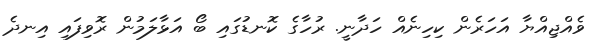
ވެއްޖިއްޔާ އަހަރެން ކިހިނެއް ހަދާނީ. ރުހާގެ ކޮނޑުގައި ބޯ އަޅާލަމުން ރޮވިފައި އިނދެ